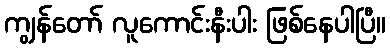
ကျွန်တော် လူကောင်းနီးပါး ဖြစ်နေပါပြီ။